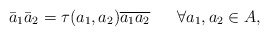
\begin{align*}\bar {a}_1 \bar {a}_2 = \tau(a_1, a_2)\overline{a_1a_2} \ \ \ \ \ \forall a_1, a_2 \in A,\end{align*}